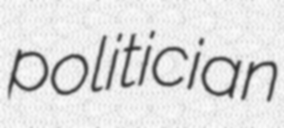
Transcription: politician